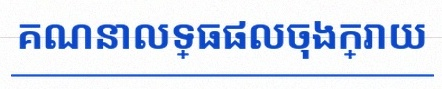
គណនាលទ្ធផលចុងក្រោយ